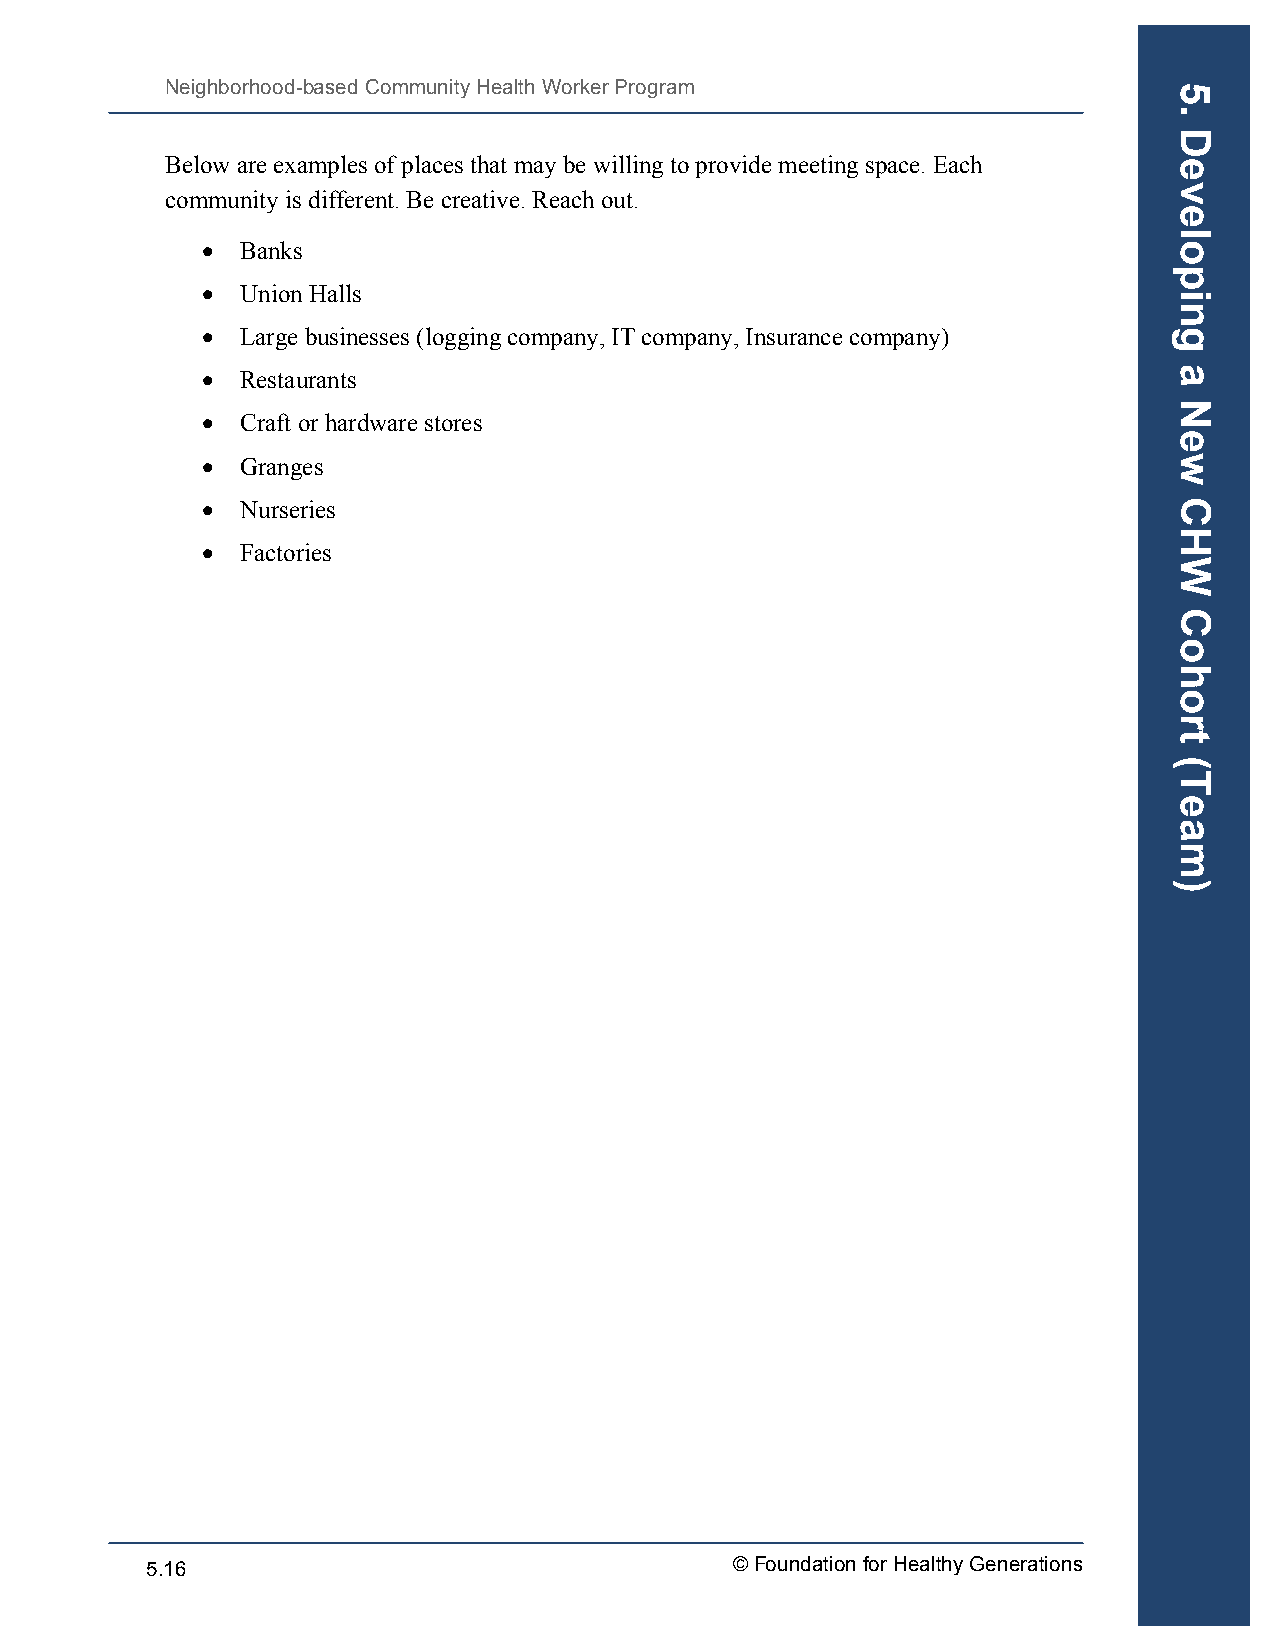
Neighborhood-based Community Health Worker Program
 Below are examples of places that may be willing to provide meeting space. Each
 community is different. Be creative. Reach out.
 •  Banks
 •  Union Halls
 •  Large businesses (logging company, IT company, Insurance company)
 •  Restaurants
 •  Craft or hardware stores
 •  Granges
 •  Nurseries
 •  Factories
 5.16                                  © Foundation for Healthy Generations
 5.
 Developing
 a
 New
 CHW
 Cohort
 (Team)